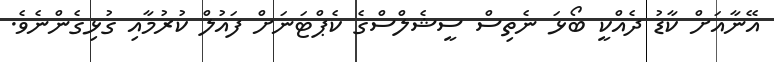
އޭނާއަށް ކާޑު ދެއްކީ ބޯޅަ ނެތިސް ސީޝެލްސްގެ ކެޕްޓަނަށް ފައުލް ކުރުމާއި ގުޅިގެންނެވެ.